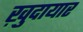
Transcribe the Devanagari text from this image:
ख़ुदायार